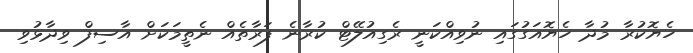
ހެޔޮކުރާ މުދާ ހެޔޮއަގުގައި ނުވިއްކަނީ ރެގިއުލޭޓް ކުރާނެ ފަރާތެއް ނެތީމަކަށް އާސިފް ވިދާޅުވި